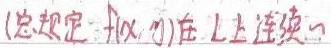
(总规定 \(f(x,y)\) 在 \(L\) 上连续)